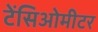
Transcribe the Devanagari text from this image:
टेंसिओमीटर